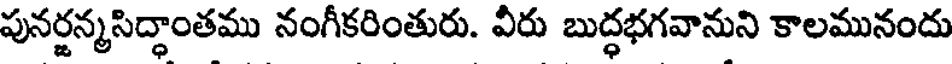
పునర్జన్మసిద్ధాంతము నంగీకరింతురు. వీరు బుద్ధభగవానుని కాలమునందు